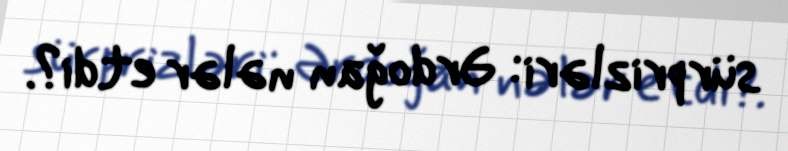
sürprizləri: Ərdoğan nələr etdi?.